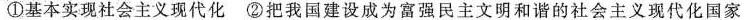
①基本实现社会主义现代化 ②把我国建设成为富强民主文明和谐的社会主义现代化国家